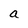
Character: a